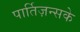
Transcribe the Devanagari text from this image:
पार्तिज़न्सके